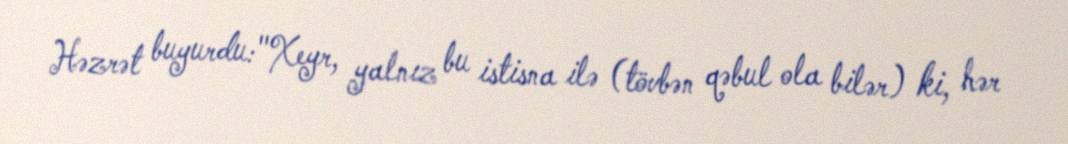
Həzrət buyurdu:"Xeyr, yalnız bu istisna ilə (tövbən qəbul ola bilər) ki, hər